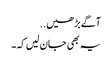
آگے بڑھیں..
یہ بھی جان لیں کہ۔